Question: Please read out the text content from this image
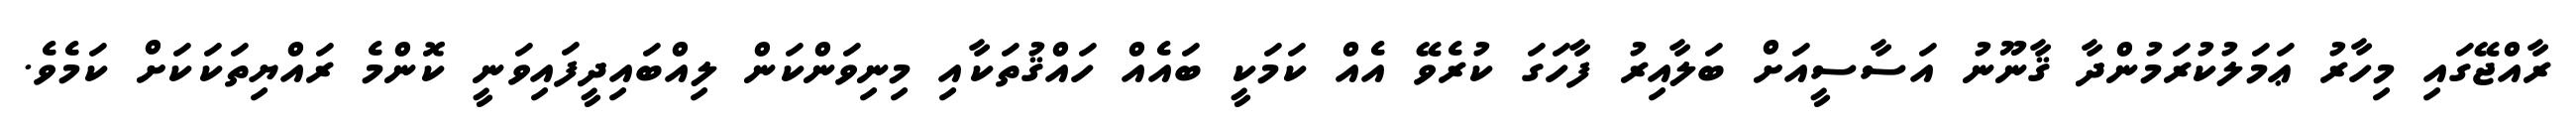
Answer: ރާއްޖޭގައި މިހާރު ޢަމަލުކުރަމުންދާ ޤާނޫނު އަސާސީއަށް ބަލާއިރު ފާހަގަ ކުރެވޭ އެއް ކަމަކީ ބައެއް ހައްޤުތަކާއި މިނިވަންކަން ލިއްބައިދީފައިވަނީ ކޮންމެ ރައްޔިތަކަކަށް ކަމެވެ.